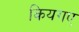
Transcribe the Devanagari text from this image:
कियगए